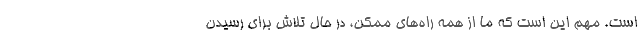
است. مهم این است که ما از همه راه‌های ممکن، در حال تلاش برای رسیدن